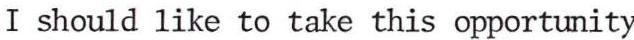
I should like to take this opportunity